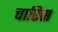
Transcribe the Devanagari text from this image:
चारिस